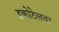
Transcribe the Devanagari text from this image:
इकोटेलचा